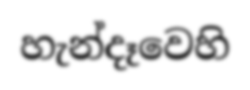
හැන්දෑවෙහි